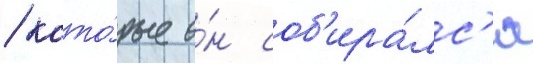
/ кото́рые о́н соб'ира́лс'я